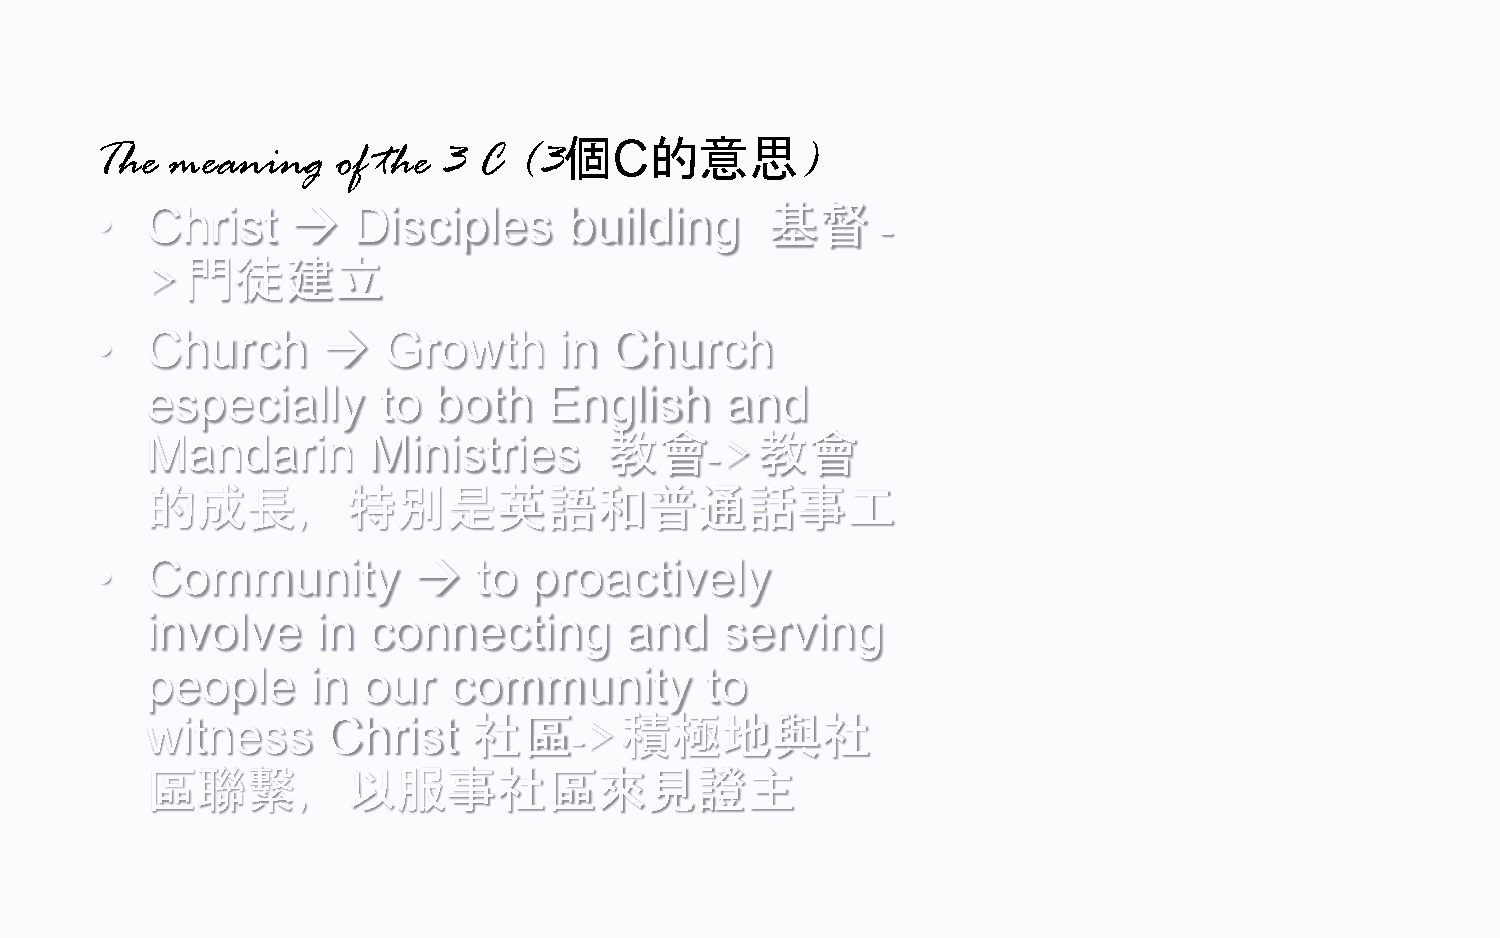
個     的意思
 The  meaning    of the 3  C (3     C           )
 •   Christ      Disciples      building     基督     -
 門徒建立
 >
 •   Church        Growth      in  Church
 especially     to  both   English     and
 教會        教會
 Mandarin      Ministries             ->
 的成長，特別是英語和普通話事工
 •   Community            to proactively
 involve    in connecting       and    serving
 people     in our   community        to
 社區        積極地與社
 witness     Christ          ->
 區聯繫，以服事社區來見證主